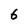
Character: 6